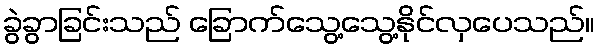
ခွဲခွာခြင်းသည် ခြောက်သွေ့သွေ့နိုင်လှပေသည်။